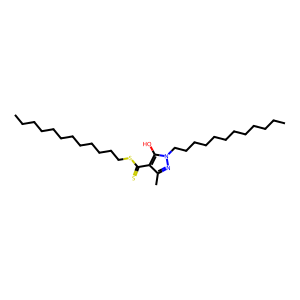
SMILES: CCCCCCCCCCCCSC(=S)c1c(C)nn(CCCCCCCCCCCC)c1O
Inhibits HIV replication: No